Medical and sanitary report of the native army of Madras for the year
Year: 1878
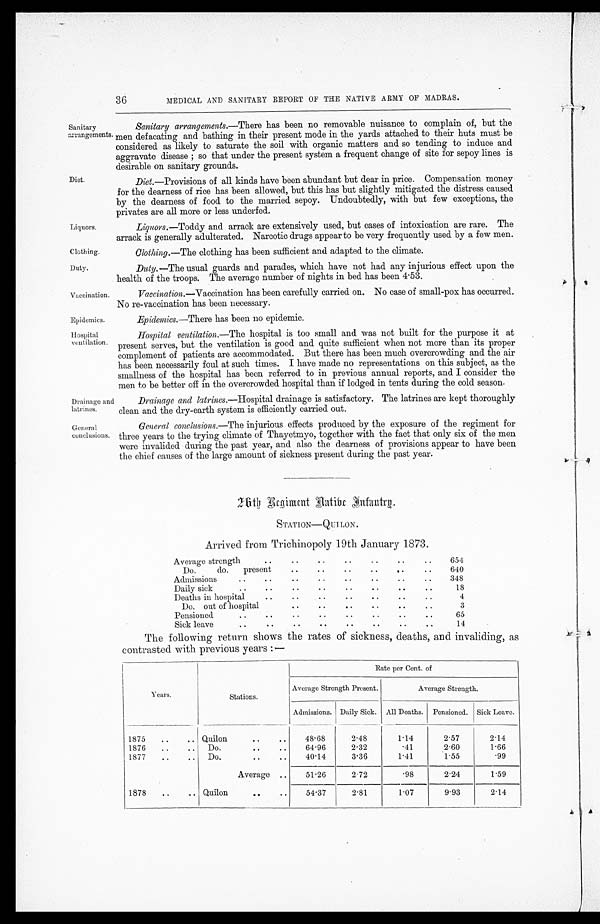
Liquors.
Clothing.
Duty.
Vaccination
Epidemics.
Hospital
ventilation.
36
MEDICAL AND SANITARY REPORT OF THE NATIVE ARMY OF MADRAS.
Sanitary
arrangements.
Diet
Drainage and
latrines.
Sanitary arrangements.— There has been no removable nuisance to complain of, but the
men defecating and bathing in their present mode in the yards attached to their huts must be
considered as likely to saturate the soil with organic matters and so tending to induce and
aggravate disease ; so that under the present system a frequent change of site for sepoy lines is
desirable on sanitary grounds.
Diet. —Provisions of all kinds have been abundant but dear in price. Compensation money
for the dearness of rice has been allowed, but this has but slightly mitigated the distress caused
by the dearness of food to the married sepoy. Undoubtedly, with but few exceptions, the
privates are all more or less underfed.
Liquors .—Toddy and arrack are extensively used, but cases of intoxication are rare. The
arrack is generally adulterated. Narcotic drugs appear to be very frequently used by a few men.
Clothing. —The clothing has been sufficient and adapted to the climate.
Duty. —The usual guards and parades, which have not had any injurious effect upon the
health of the troops. The average number of nights in bed has been 4.53.
Vaccination. —Vaccination has been carefully carried on. No case of small-pox has occurred.
No re-vaccination has been necessary.
Epidemics.—There has been no epidemic.
Hospital ventilation —The hospital is too small and was not built for the purpose it at
present serves, but the ventilation is good and quite sufficient when not more than its proper
complement of patients are accommodated. But there has been much overcrowding and the air
has been necessarily foul at such times. I have made no representations on this subject, as the
smallness of the hospital has been referred to in previous annual reports, and I consider the
men to be better off in the overcrowded hospital than if lodged in tents during the cold season.
Drainage and latrines. —Hospital drainage is satisfactory. The latrines are kept thoroughly
clean and the dry-earth system is efficiently carried out.
General
conclusions.
General conclusions.
—The
injurious effects produced by the exposure of the regiment for
three years to the trying climate of Thayetmyo, together with the fact that only six of the men
were invalided during the past year, and also the dearness of provisions appear to have been
the chief causes of the large amount of sickness present during the past year.
26th Regiment Native Infantry.
STATION—QUILON
Arrived from Trichinopoly 19th January 1873.
Average strength
. .
. .
. .
. .
. .
. .
. .
654
Do.
do.
present
. .
. .
. .
. .
. .
. .
640
Admissions
..
..
. .
. .
. .
. .
. .
. .
348
Daily sick
..
..
. .
. .
. .
. .
. .
. .
18
Deaths in hospital
. .
. .
. .
. .
. .
. .
. .
4
Do. out of hospital
. .
. .
. .
. .
. .
. .
3
Pensioned.. . . .
. .
. .
. .
. .
. .
. .
65
Sick leave. . . . .
. .
. .
. .
. .
. .
. .
14
The following return shows the rates of sickness, deaths, and invaliding, as
contrasted with previous years :—
Years.
Stations.
Rate per Cent. of
Average Strength Present.
Average Strength.
Admissions. Daily Sick. All Deaths. Pensioned. Sick Leave.
1875
.. .
..
Quilon
..
..
48.68
2.48
1.14
2.57
2.14
1876
..
..
Do.
..
..
64.96
2.32
.41
2.60
1.66
1877
..
..
Do.
..
..
40.14
3.36
1.41
1.55
.99
Average ..
51.26
2.72
.98
2.24
1.59
1878
..
.. Quilon
..
. .
54.37
2.81
1.07
9.93
2 . 1 4